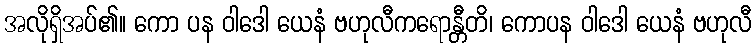
အလိုရှိအပ်၏။ ကော ပန ဝါဒေါ ယေနံ ဗဟုလီကရောန္တီတိ၊ ကောပန ဝါဒေါ ယေနံ ဗဟုလီ